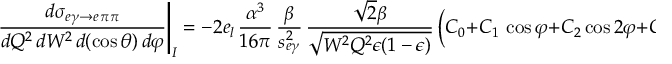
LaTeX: \left. \frac { d \sigma _ { e \gamma \to e \, \pi \pi } } { d Q ^ { 2 } \, d W ^ { 2 } \, d ( \cos \theta ) \, d \varphi } \right| _ { I } = - 2 e _ { l } \, \frac { \alpha ^ { 3 } } { 1 6 \pi } \, \frac { \beta } { s _ { e \gamma } ^ { 2 } } \, \frac { \sqrt { 2 } \beta } { \sqrt { W ^ { 2 } Q ^ { 2 } \epsilon ( 1 - \epsilon ) } } \, \Big ( C _ { 0 } + C _ { 1 } \, \cos \varphi + C _ { 2 } \cos 2 \varphi + C _ { 3 } \cos 3 \varphi \Big )